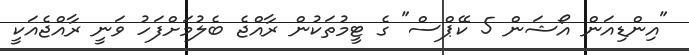
"އިންޑިއަން އޯޝަން 5 ކޭޕްސް" ގެ ޓީމުތަކުން ރާއްޖެ ބެލުމަށްފަހު ވަނީ ރާއްޖެއަކީ